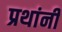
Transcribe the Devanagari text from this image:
प्रथांनी